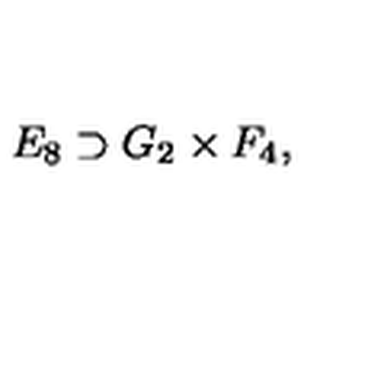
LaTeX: E _ { 8 } \supset G _ { 2 } \times F _ { 4 } ,